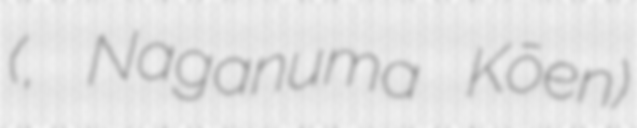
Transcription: (長沼公園, Naganuma Kōen)